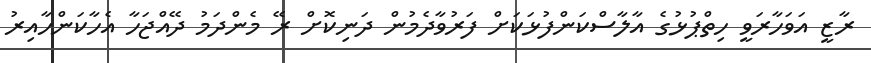
ރާޒީ އަވަހާރަވީ ހިތްޕުޅުގެ އާލާސްކަންފުޅަކަށް ފަރުވާދެމުން ދަނިކޮށް ރޭ މެންދަމު ދޭއްޖަހާ އެހާކަންހާއިރު